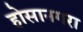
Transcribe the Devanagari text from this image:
होसानगरा